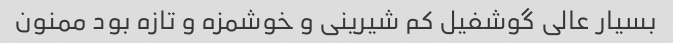
بسیار عالی گوشفیل کم شیرینی و خوشمزه و تازه بود ممنون